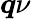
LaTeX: \boldsymbol{q}\nu